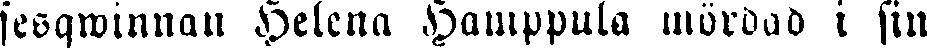
sesqwinnan Helena Hamppula mördad i sin